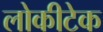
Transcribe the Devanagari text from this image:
लोकीटेक